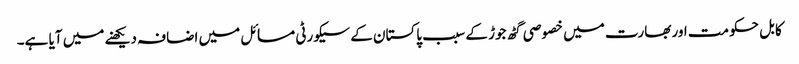
کابل حکومت اور بھارت میں خصوصی گٹھ جوڑ کے سبب پاکستان کے سیکورٹی مسائل میں اضافہ دیکھنے میں آیا ہے۔